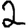
Digit: 2